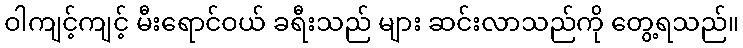
ဝါကျင့်ကျင့် မီးရောင်ဝယ် ခရီးသည် များ ဆင်းလာသည်ကို တွေ့ရသည်။